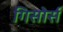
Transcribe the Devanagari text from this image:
गिसोर्स